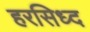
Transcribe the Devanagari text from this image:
हरसिध्द